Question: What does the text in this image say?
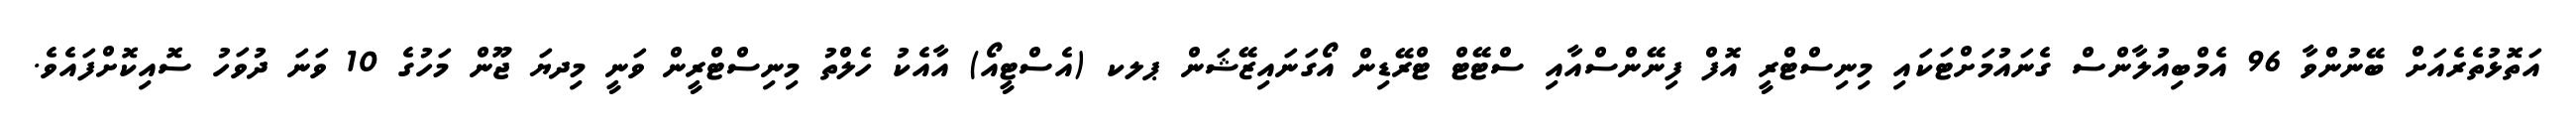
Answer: އަތޮޅުތެރެއަށް ބޭނުންވާ 96 އެމްބިއުލާންސް ގެނައުމަށްޓަކައި މިނިސްޓްރީ އޮފް ފިނޭންސްއާއި ސްޓޭޓް ޓްރޭޑިން އޯގަނައިޒޭޝަން ޕލކ (އެސްޓީއޯ) އާއެކު ހެލްތު މިނިސްޓްރީން ވަނީ މިދޔަ ޖޫން މަހުގެ 10 ވަނަ ދުވަހު ސޮއިކޮށްފައެވެ.